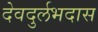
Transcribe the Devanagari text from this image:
देवदुर्लभदास